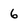
Character: 6